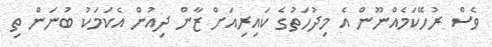
ވެސް ރުހޭކަމެއްނޫން އެ މިދުހަތުގެ ކައިރިއަށް ޒާން ދިއުން އެކަމަކު ބުނަން ތި